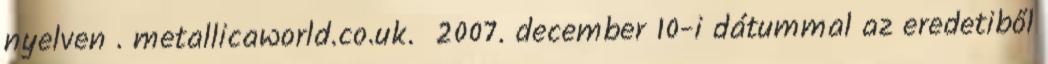
nyelven . metallicaworld.co.uk. 2007. december 10-i dátummal az eredetiből